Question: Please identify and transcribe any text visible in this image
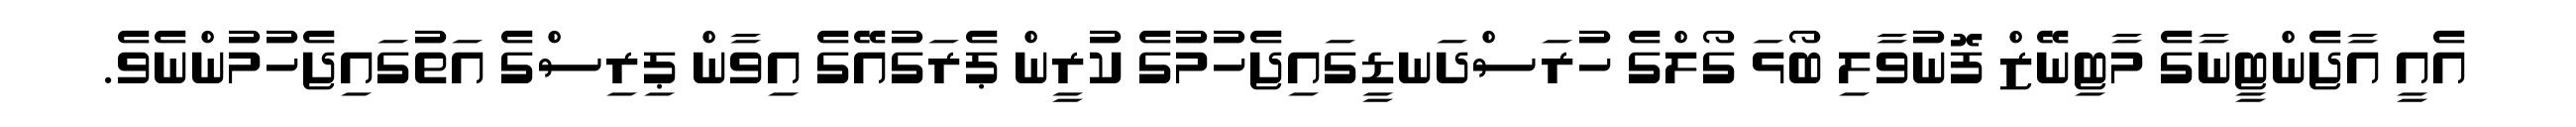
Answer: އެއީ އާޖެންޓީނާގެ މާޓިނޭޒް ފޮނުވާލި ބޯޅަ ގޯލްގެ ހުރަސްދަނޑީގައިޖެހުމުގެ ކުރީން ޕެރަގުއޭގެ އިވާން ޕިރިސްގެ އަތުގައިޖެހުމުންނެވެ.